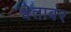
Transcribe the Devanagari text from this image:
श्वेताबंर